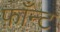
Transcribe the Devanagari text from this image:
फ़ाँन्ट